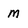
Character: M